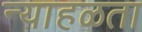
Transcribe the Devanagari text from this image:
न्याहळता